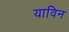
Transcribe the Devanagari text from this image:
याविन